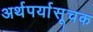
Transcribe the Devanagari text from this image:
अर्थपर्यासूचक